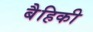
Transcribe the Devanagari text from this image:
बैहिकी